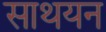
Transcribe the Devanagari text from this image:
साथयन